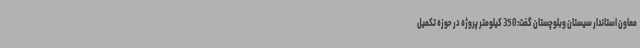
معاون استاندار سیستان وبلوچستان گفت: 350 کیلومتر پروژه در حوزه تکمیل